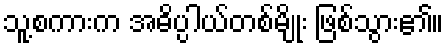
သူ့စကားက အဓိပ္ပါယ်တစ်မျိုး ဖြစ်သွား၏။